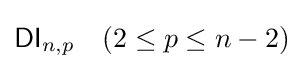
{\mathsf {DI}}_{n,p}\quad (2\leq p\leq n-2)